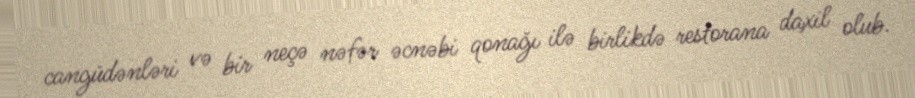
cangüdənləri və bir neçə nəfər əcnəbi qonağı ilə birlikdə restorana daxil olub.